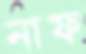
নাফ